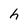
Character: h